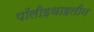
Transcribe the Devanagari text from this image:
पॉलीइथाइलीन